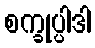
စက္ခုပ္ပါဒါ